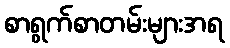
စာရွက်စာတမ်းများအရ